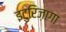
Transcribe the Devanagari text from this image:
इटुरिज़ागा